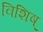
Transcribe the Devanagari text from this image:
विशिष्